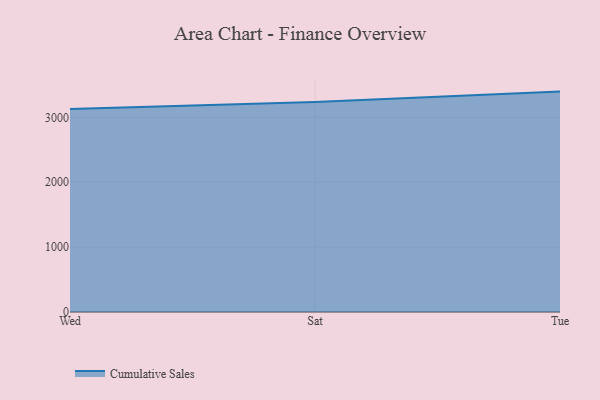
{"axis": {"x": "Day", "y": "Market Share (%)"}, "legend": ["Cumulative Sales"], "data": [{"x": "Wed", "y": 3129.6, "type": "Cumulative Sales"}, {"x": "Sat", "y": 3237.8, "type": "Cumulative Sales"}, {"x": "Tue", "y": 3397.9, "type": "Cumulative Sales"}]}